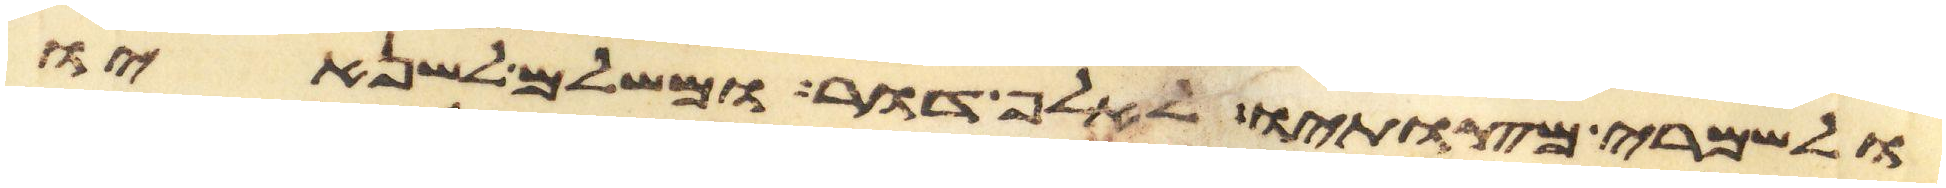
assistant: ולשמרי מצותיו לאלף דור ומשלם לשנאיו